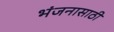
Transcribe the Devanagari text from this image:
भंजनासाठी